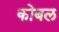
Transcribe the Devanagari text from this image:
कोबल